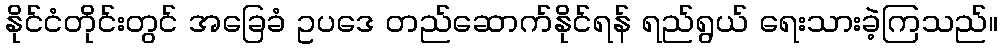
နိုင်ငံတိုင်းတွင် အခြေခံ ဥပဒေ တည်ဆောက်နိုင်ရန် ရည်ရွယ် ရေးသားခဲ့ကြသည်။